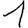
Digit: 1